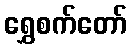
ရွှေစက်တော်